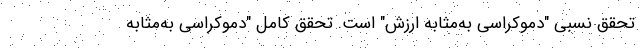
تحقق نسبیِ "دموکراسی به‌مثابه ارزش" است. تحقق کامل "دموکراسی به‌مثابه